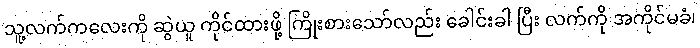
သူ့လက်ကလေးကို ဆွဲယူ ကိုင်ထားဖို့ ကြိုးစားသော်လည်း ခေါင်းခါ ပြီး လက်ကို အကိုင်မခံ၊